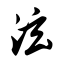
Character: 泫